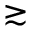
\gtrsim